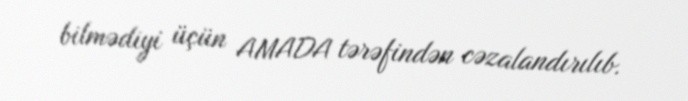
bilmədiyi üçün AMADA tərəfindən cəzalandırılıb.